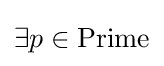
\exists p\in \mathrm {Prime}